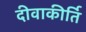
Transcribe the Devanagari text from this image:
दीवाकीर्ति